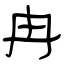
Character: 冉